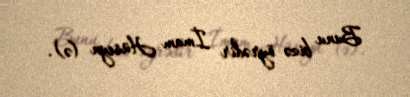
Bunu bizə öyrədir İmam Hüseyn (ə).